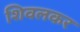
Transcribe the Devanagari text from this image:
शिवलकर